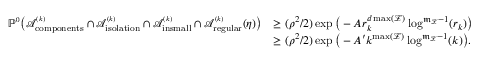
\begin{array} { r l } { \mathbb { P } ^ { \scriptscriptstyle 0 } \big ( { \mathcal A } _ { \mathrm { c o m p o n e n t s } } ^ { \scriptscriptstyle ( k ) } \cap { \mathcal A } _ { \mathrm { i s o l a t i o n } } ^ { \scriptscriptstyle ( k ) } \cap { \mathcal A } _ { \mathrm { i n s m a l l } } ^ { \scriptscriptstyle ( k ) } \cap { \mathcal A } _ { \mathrm { r e g u l a r } } ^ { \scriptscriptstyle ( k ) } ( \eta ) \big ) } & { \ge ( \rho ^ { 2 } / 2 ) \exp \big ( - A r _ { k } ^ { d \operatorname* { m a x } ( { \mathcal Z } ) } \log ^ { \mathfrak { m } _ { \mathcal Z } - 1 } ( r _ { k } ) \big ) } \\ & { \ge ( \rho ^ { 2 } / 2 ) \exp \big ( - A ^ { \prime } k ^ { \operatorname* { m a x } ( { \mathcal Z } ) } \log ^ { \mathfrak { m } _ { \mathcal Z } - 1 } ( k ) \big ) . } \end{array}